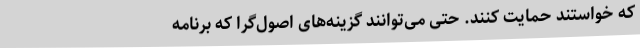
که خواستند حمایت کنند. حتی می‌توانند گزینه‌های اصول‌گرا که برنامه